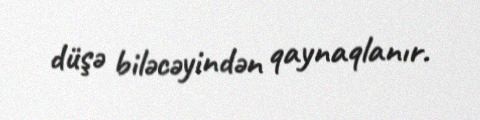
düşə biləcəyindən qaynaqlanır.